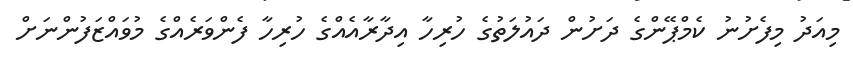
މިއަދު މިފެށުނު ކެމްޕޭންގެ ދަށުން ދައުލަތުގެ ހުރިހާ އިދާރާއެއްގެ ހުރިހާ ފެންވަރެއްގެ މުވައްޒަފުންނަށް